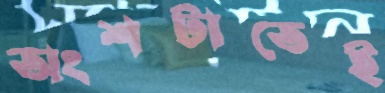
অংশটাতেই